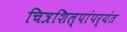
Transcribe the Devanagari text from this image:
चित्रशिल्पांपर्यंत